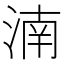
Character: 湳